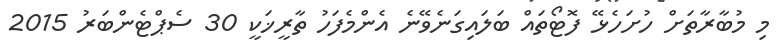
މި މުބާރާތަށް ހުށަހެޅޭ ފޮޓޯތައް ބަލައިގަނެވޭނެ އެންމެފަހު ތާރީޚަކީ 30 ސެޕްޓެންބަރު 2015